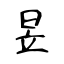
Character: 昱